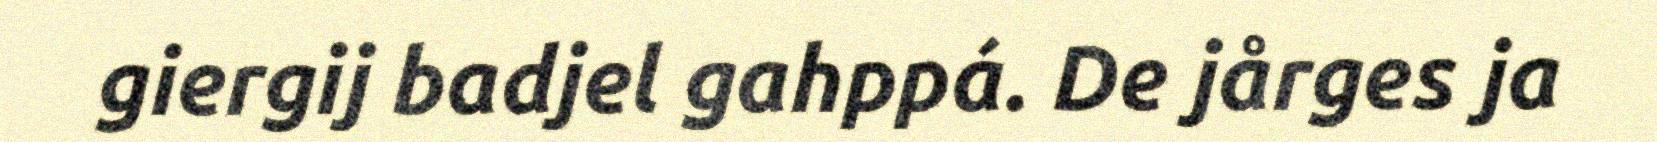
giergij badjel gahppá. De jårges ja